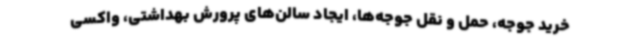
خرید جوجه، حمل و نقل جوجه‌ها، ایجاد سالن‌های پرورش بهداشتی، واکسی